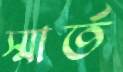
স্মার্ত